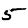
Digit: 5